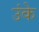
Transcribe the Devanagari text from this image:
उंके